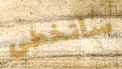
سأتخطى